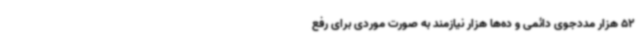
52 هزار مددجوی دائمی و ده‌ها هزار نیازمند به صورت موردی برای رفع